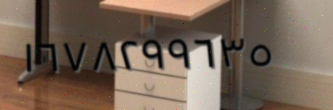
١٦٧٨٢٩٩٦٣٥